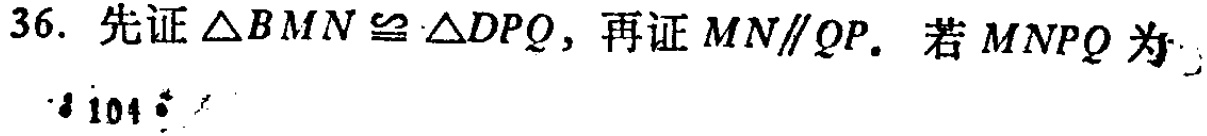
36. 先证$\triangle BMN\cong\triangle DPQ$，再证$MN\parallel QP$. 若$MNPQ$为
$104$